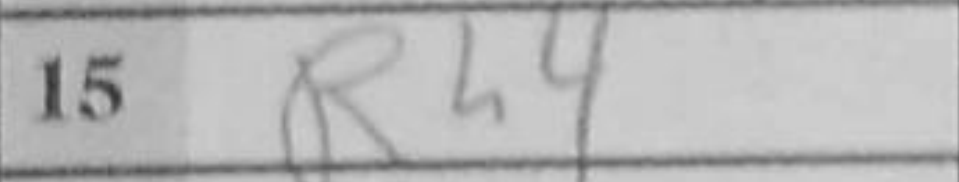
Transcription: Rh4